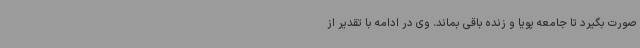
صورت بگیرد تا جامعه پویا و زنده باقی بماند. وی در ادامه با تقدیر از